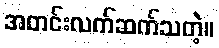
အတင်းလက်ဆက်သတဲ့။